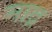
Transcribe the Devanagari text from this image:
माद्र